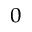
_ 0